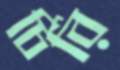
চিরি